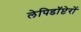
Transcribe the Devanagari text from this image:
लेपिडॉप्टेरों